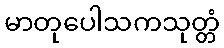
မာတုပေါသကသုတ္တံ